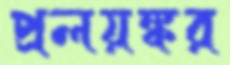
প্রলয়ঙ্কর